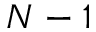
N - 1